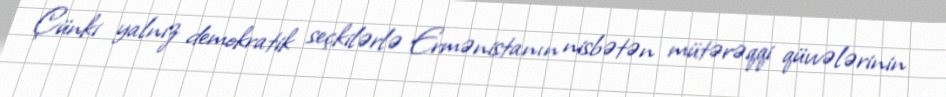
Çünki yalnız demokratik seçkilərlə Ermənistanın nisbətən mütərəqqi qüvvələrinin